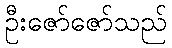
ဦးဇော်ဇော်သည်